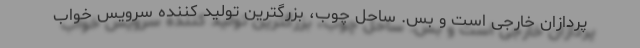
پردازان خارجی است و بس. ساحل چوب، بزرگترین تولید کننده سرویس خواب